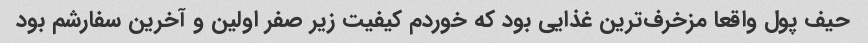
حیف پول واقعا مزخرف‌ترین غذایی بود که خوردم کیفیت زیر صفر اولین و آخرین سفارشم بود